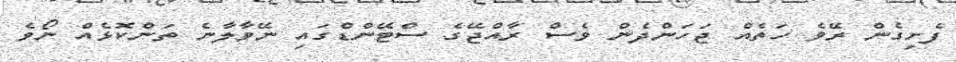
ފެށިގެން ރޭވެ ހަތެއް ޖަހަންދެން ވެސް ރާއްޖޭގެ ސްޓޭންޑްގައި ނޭވާލާނެ ތަންކޮޅެއް ނޯވެ